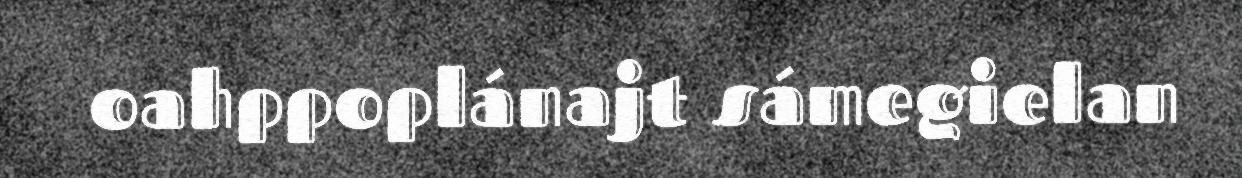
oahppoplánajt sámegielan